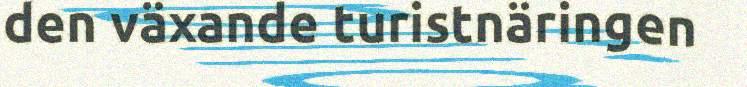
den växande turistnäringen